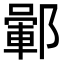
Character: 𨞎